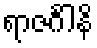
ရာဇင်္ဂါနိ